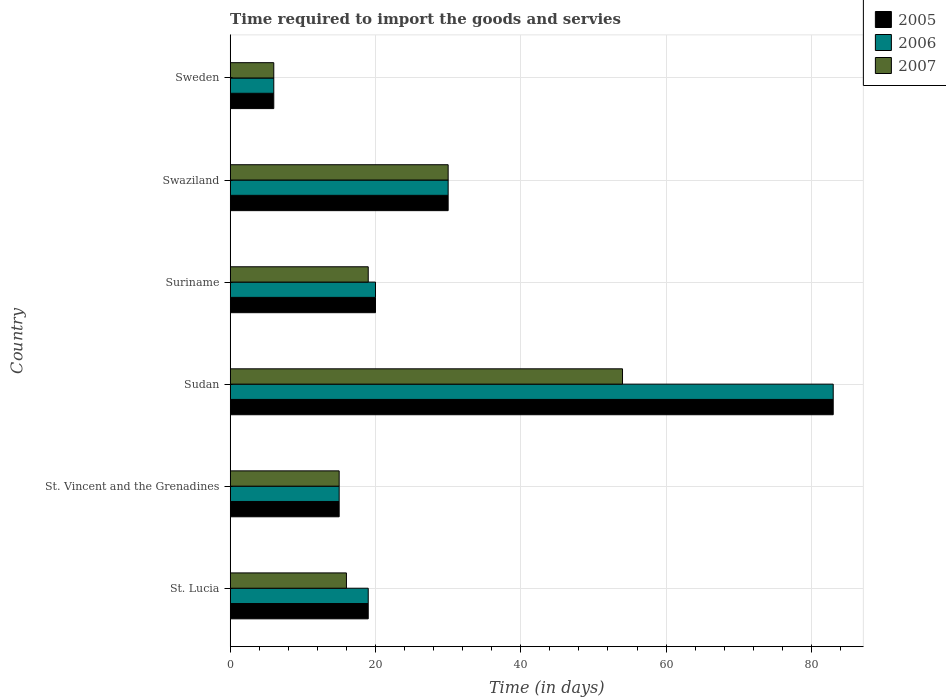
| Country | 2005 | 2006 | 2007 |
 | --- | --- | --- | --- |
 | St. Lucia | 19 | 19 | 16 |
 | St. Vincent and the Grenadines | 15 | 15 | 15 |
 | Sudan | 83 | 83 | 54 |
 | Suriname | 20 | 20 | 19 |
 | Swaziland | 30 | 30 | 30 |
 | Sweden | 6 | 6 | 6 |